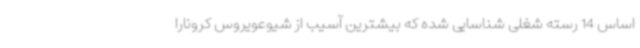
اساس 14 رسته شغلی شناسایی شده که بیشترین آسیب از شیوعویروس کرونارا